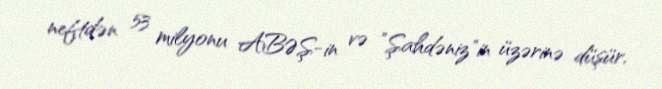
neftdən 53 milyonu ABƏŞ-in və ”Şahdəniz"in üzərinə düşür.